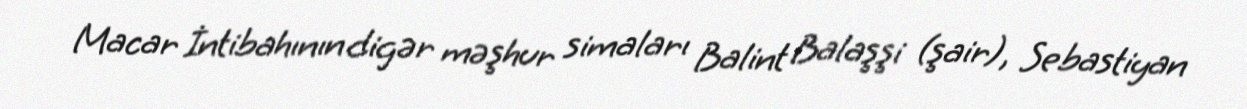
Macar İntibahının digər məşhur simaları Balint Balaşşi (şair), Sebastiyan